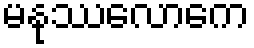
မနုဿလောကေ